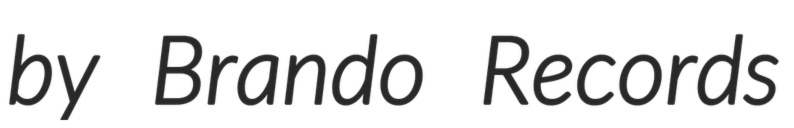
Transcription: by Brando Records